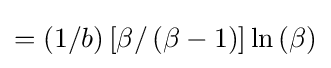
=\left(1/b\right)\left[\beta /\left(\beta -1\right)\right]\ln \left(\beta \right)